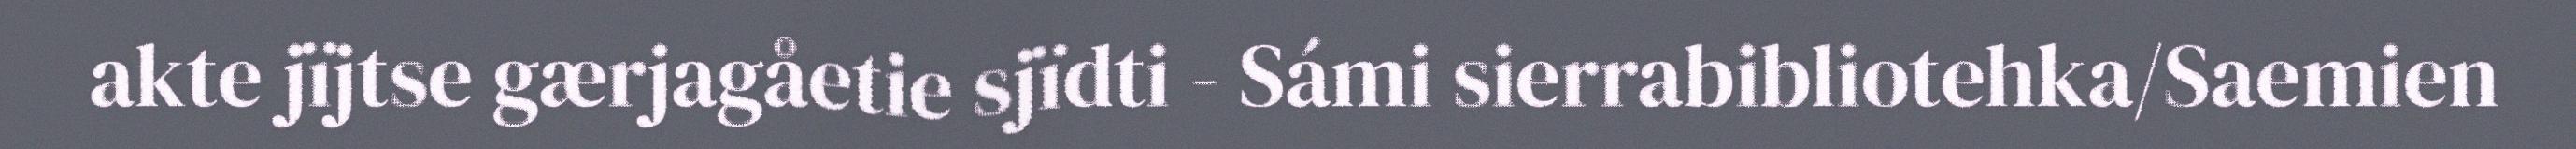
akte jïjtse gærjagåetie sjïdti - Sámi sierrabibliotehka/Saemien